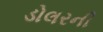
ડોલરની